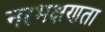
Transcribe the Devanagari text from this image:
नरभक्षणता